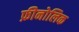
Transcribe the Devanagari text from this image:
फ़ीनोलिक